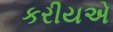
કરીયએ